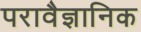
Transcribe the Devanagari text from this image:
परावैज्ञानिक